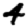
Digit: 4